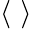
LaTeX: \langle\, \, \rangle